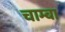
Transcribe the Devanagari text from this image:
चाम्बा